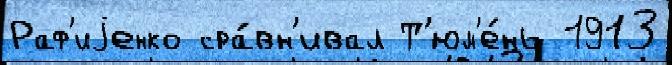
Раф'иjенко сра́вн'ивал Т'юм'е́нь 1913